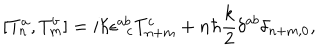
~ [ T _ { n } ^ { a } , T _ { m } ^ { b } ] = i \hbar \epsilon _ { \ \ c } ^ { a b } T _ { n + m } ^ { c } + n \hbar \frac { k } { 2 } \delta ^ { a b } \delta _ { n + m , 0 } ,